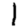
Digit: 1